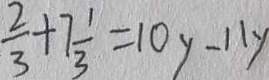
\frac { 2 } { 3 } + 7 \frac { 1 } { 3 } = 1 0 y - 1 1 y